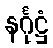
နင်္ဂုဋ္ဌံ